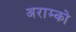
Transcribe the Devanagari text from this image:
अराम्को